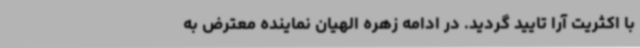
با اکثریت آرا تایید گردید. در ادامه زهره الهیان نماینده معترض به